Tartu_linna_vaeslastekohus, lk 12
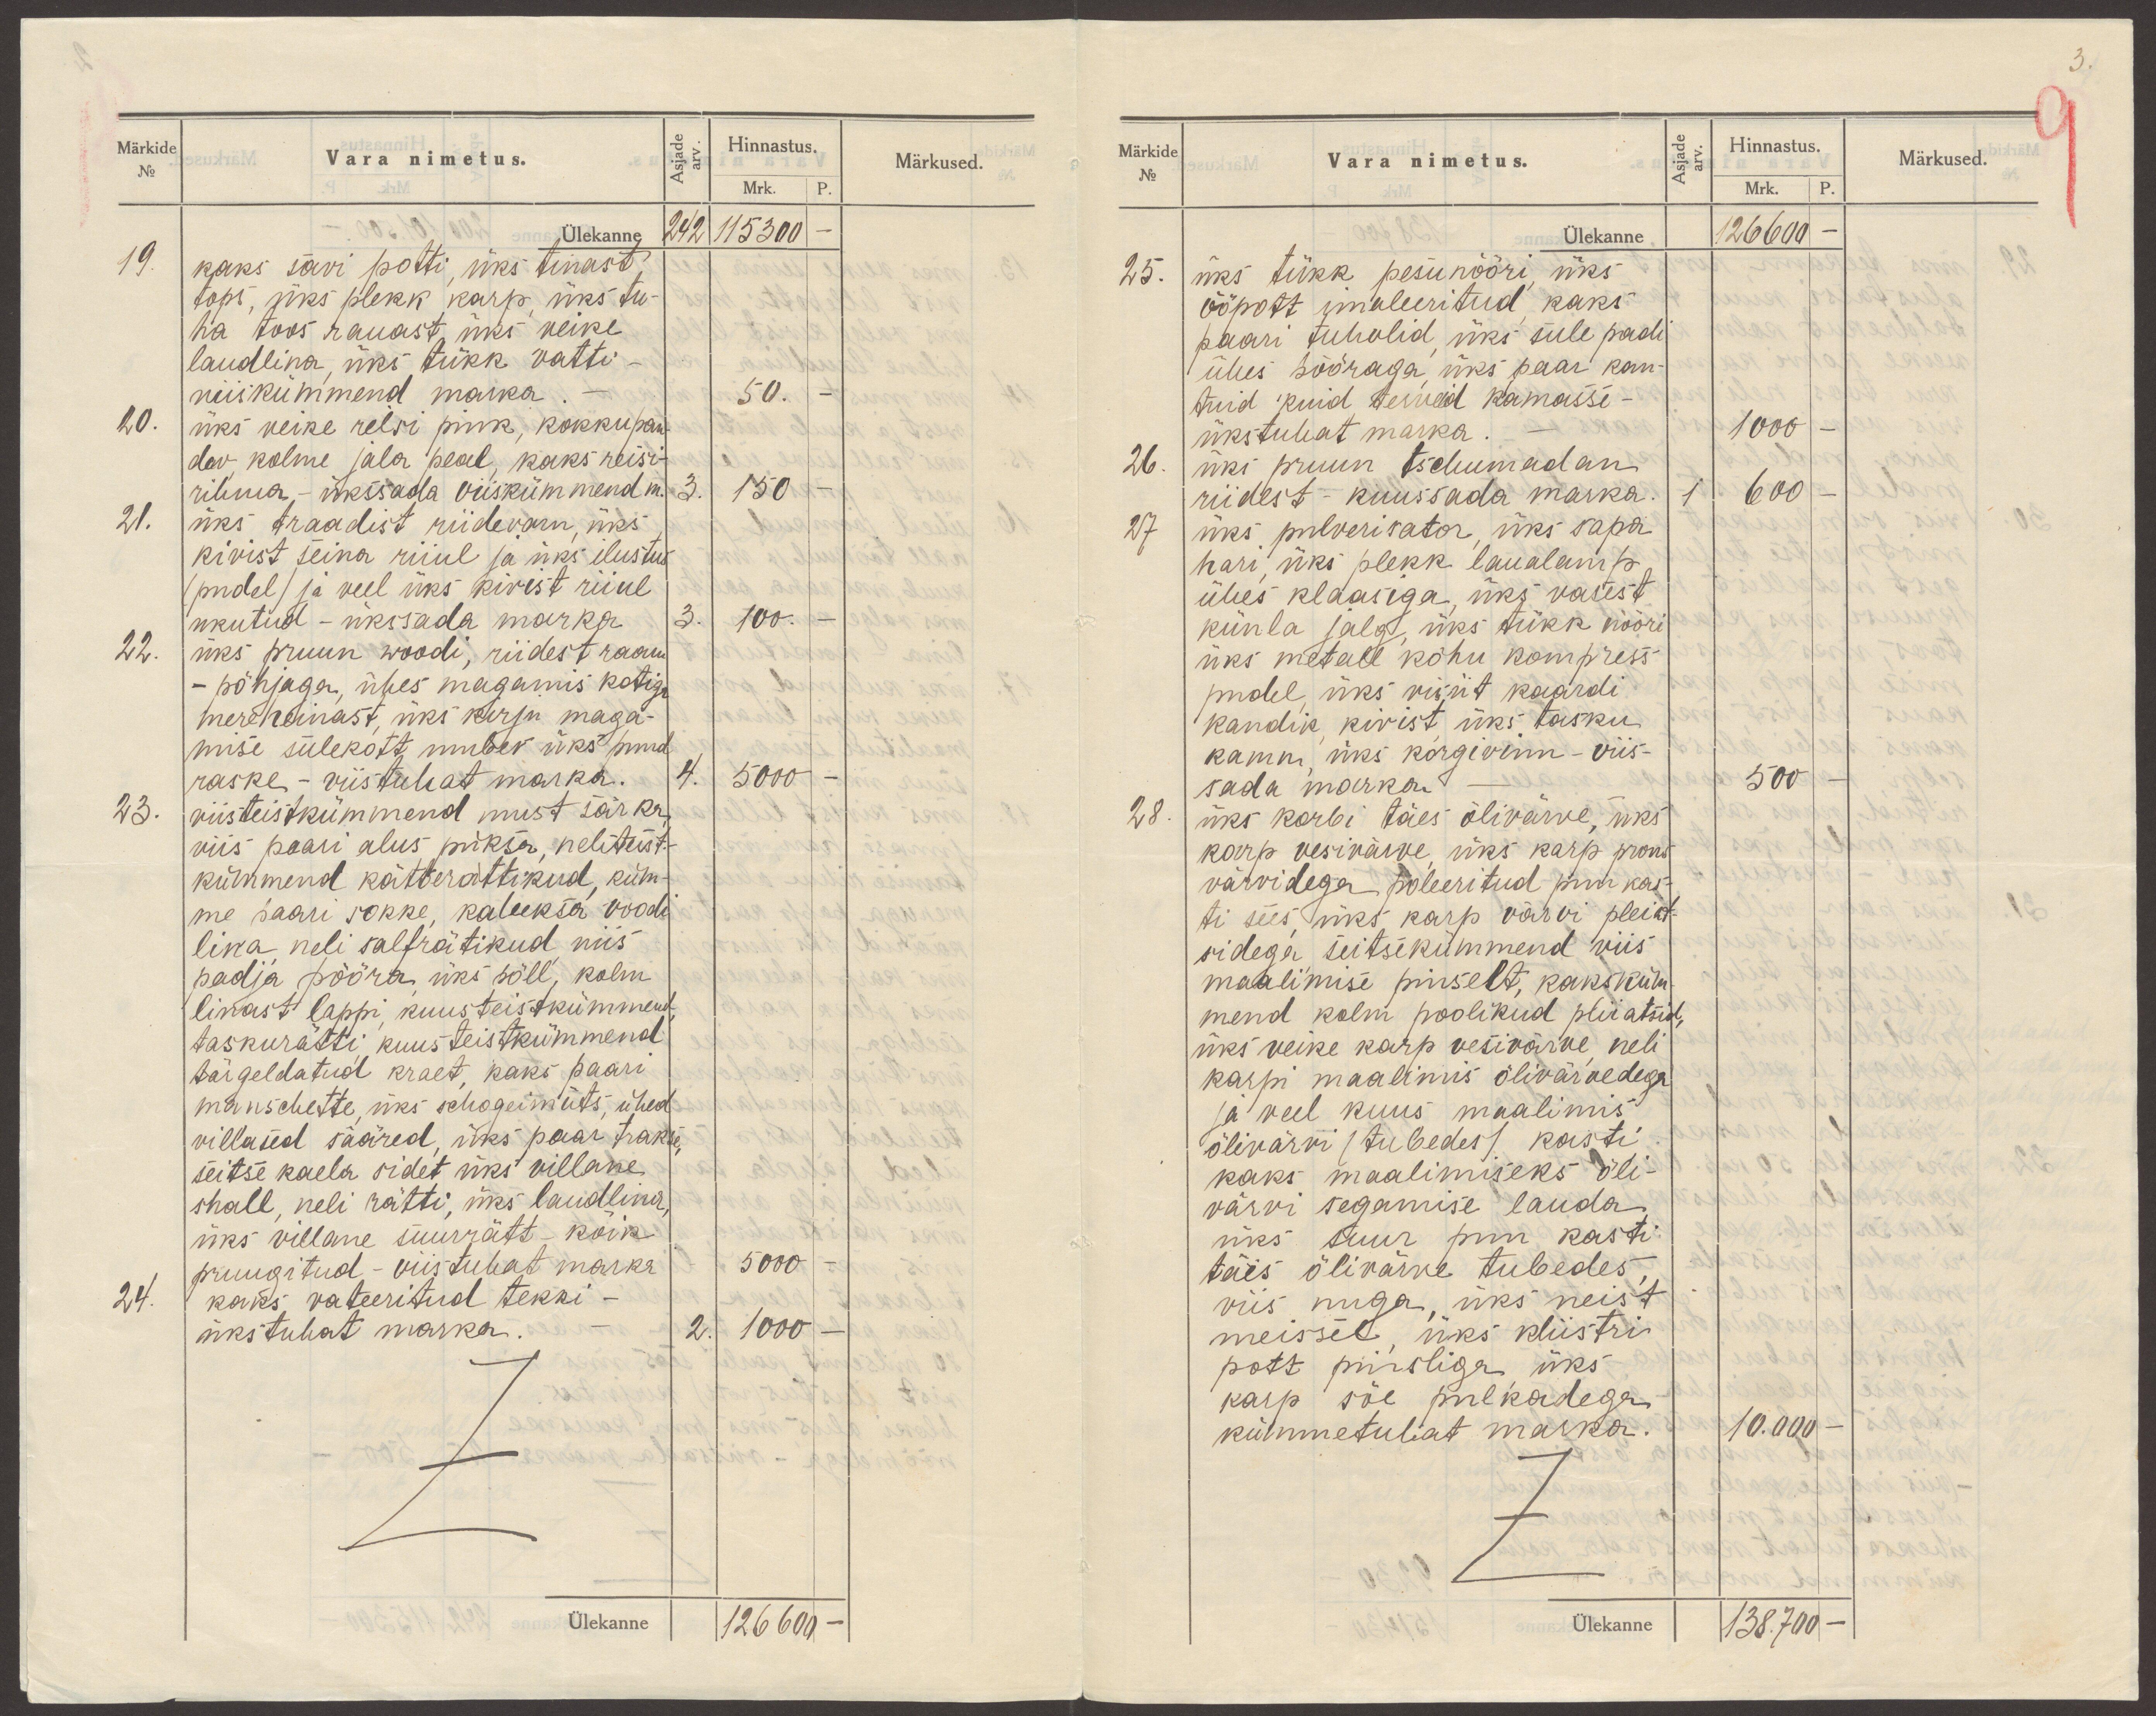
Märkide
No
Vara nimetus.
Asjade
arv.
Hinnastus.
Mrk.
P.
Märkused.
Ülekanne 242  115300 -
19. kaks savi potti, üks tinast
tops, üks plekk karp, üks tu-
ha toos rauast üks veike
laudlina, üks tükk vatti-
viiskümmend marka.-
50. -
20. üks veike reisi pink, kokkupan-
dav, kolme jala peal, kaks reisi-
rihma - ükssada viiskümmend m.
3. 150 -
21. üks traadist riidevarn, üks
kivist seina riiul ja üks ilustus
(pudel) ja veel üks kivist riiul
ukutud - ükssada marka
3. 100. -
22. üks pruun woodi, riidest raam
- põhjaga, ühes magamis kotiga
mereheinast, üks kirju maga-
mise sulekott umbes üks puud
raske - viistuhat marka.
4. 5000 -
23. viisteistkümmend must särka,
viis paari alus püksa, neliteist.-
kümmend kätterättikud, küm-
me paari sokke, kaheksa voodi
lina, neli salfrätikud, viis
padja pööra, üks põll, kolm
linast lappi, kuusteistkümmend
taskurätti, kuusteistkümmend
tärgeldatud kraet, kaks paari
manschette, üks schogeimüts, ühed
villased sääred, üks paar trakse,
seitse kaela sidet üks villane
shall, neli rätti, üks laudlina,
üks villane suurrätt - kõik
pruugitud - viistuhat marka
5000 -
24. kaks vateeritud tekki -
ükstuhat marka.
2. 1000 -
Ülekanne 126  600 -

Märkide
No
Vara nimetus.
Asjade
arv.
Hinnastus.
Mrk.
P.
Märkused.
Ülekanne 126 600 -
25. üks tükk pesunööri, üks
ööpott imaleeritud, kaks
paari tuhvlid, üks sule padi
ühes pööraga, üks paar kan-
tuid kuid terveid kamasse -
ükstuhat marka.
1000 -
26. üks pruun tschumadan
riidest - kuussada marka.
1 600 -
27 üks pulverisator, üks sapa
hari, üks plekk laualamp
ühes klaasiga, üks vasest
künla jalg, üks tükk nööri
üks metall kõhu kompress
pudel, üks visiit kaardi
kandik, kivist, üks tasku
kamm, üks korgivinn - viis-
sada marka.
500 -
28. üks karbi täes õlivärve, üks
karp vesivärve, üks karp prons
värvidega poleeritud puu kas-
ti sees, üks karp värvi pleiat-
sidega, seitsekümmend viis
maalimise pinselt, kaksküm-
mend kolm poolikud pliiatsid,
üks veike karp vesivärve, neli
karpi maalimis õlivärvedega
ja veel kuus maalimis
õlivärvi (tubedes) kasti
kaks maalimiseks õli-
värvi segamise lauda
üks suur puu kasti
täis õlivärve tubedes,
viis nuga, üks neist
meissel, üks kliistri
pott pinsliga, üks
karp söe pulkadega
kümmetuhat marka.
10.000 -
Ülekanne 138.700 -